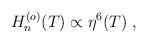
LaTeX: \begin{align*}H_n^{(o)}(T) \propto \eta^6(T)\;,\end{align*}